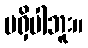
မရှိပါဘူး။